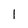
Character: l